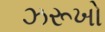
ઝરૂખો